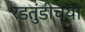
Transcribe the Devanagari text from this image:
रडतुंडीच्या